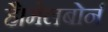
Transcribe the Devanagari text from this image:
है।मेलबोर्न